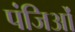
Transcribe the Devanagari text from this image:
पंजिओं